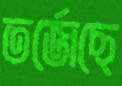
তর্জেছে